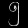
Digit: ၅